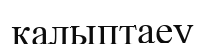
калыптаеу